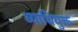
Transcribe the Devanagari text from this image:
व्याधियुक्त